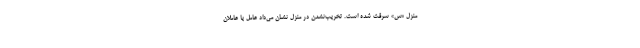
منزل «س» سرقت شده است. تخریب‌نشدن در منزل نشان می‌داد عامل یا عاملان